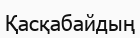
Қасқабайдың